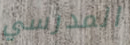
المدرسي